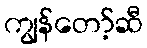
ကျွန်တော့်ဆီ